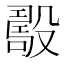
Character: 𣪾